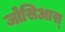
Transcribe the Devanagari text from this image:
जोसिआस्